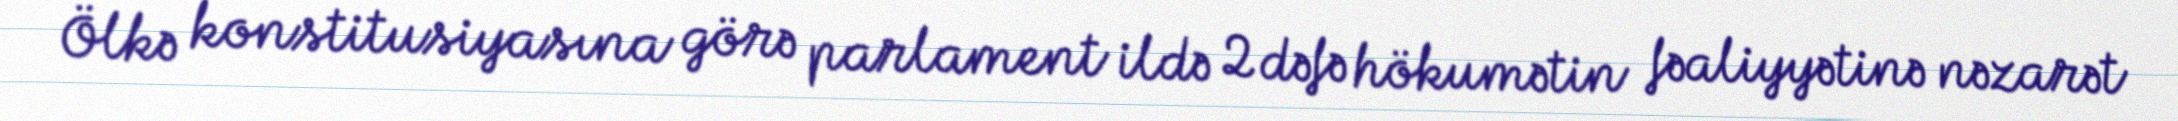
Ölkə konstitusiyasına görə parlament ildə 2 dəfə hökumətin fəaliyyətinə nəzarət